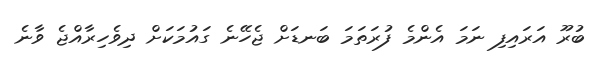
ބުރޫ އަރައިފި ނަމަ އެންމެ ފުރަތަމަ ބަނޑަށް ޖެހޭނެ ގައުމަކަށް ދިވެހިރާއްޖެ ވާނެ